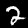
Digit: 2